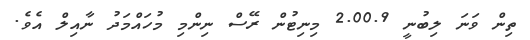
ތިން ވަނަ ލިބުނީ 2.00.9 މިނިޓުން ރޭސް ނިންމި މުހައްމަދު ނާއިލް އެވެ.